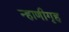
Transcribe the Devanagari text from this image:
न्हाणीगृह